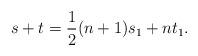
LaTeX: \begin{align*}s + t = \frac{1}{2}(n+1)s_1 + nt_1. \end{align*}